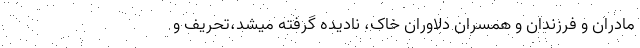
مادران و فرزندان و همسران دلاوران خاک، نادیده گرفته میشد،تحریف و